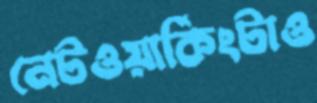
নেটওয়ার্কিংটাও